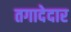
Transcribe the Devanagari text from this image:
तगादेदार